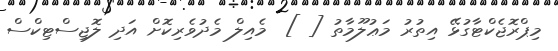
މިޕްރޮޖެކްޓާގުޅޭ އިތުރު މަޢުލޫމާތު [ ]  މެއިލް މެދުވެރިކޮށް އަދި ލޮޖިސްޓިކްސް